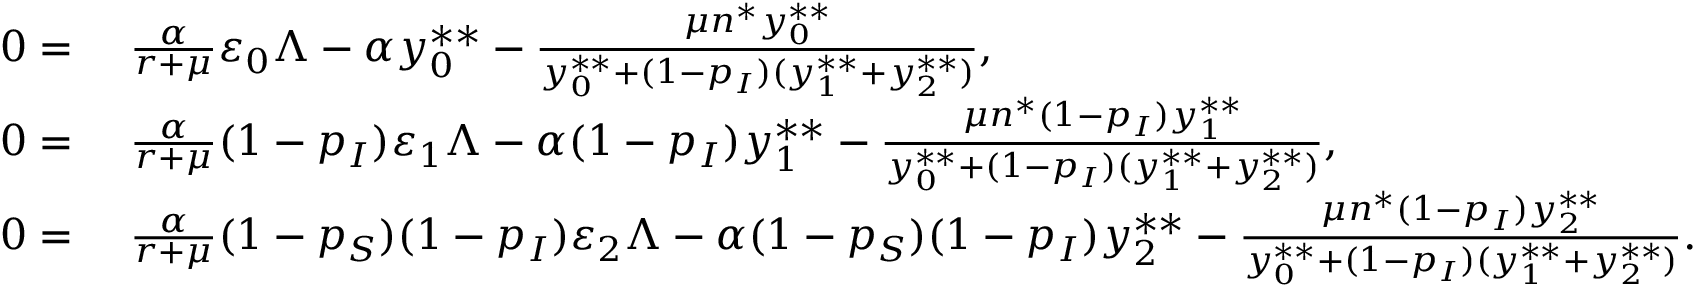
\begin{array} { r l } { 0 = } & { ~ \frac { \alpha } { r + \mu } \varepsilon _ { 0 } \Lambda - \alpha y _ { 0 } ^ { * * } - \frac { \mu n ^ { * } y _ { 0 } ^ { * * } } { y _ { 0 } ^ { * * } + ( 1 - p _ { I } ) ( y _ { 1 } ^ { * * } + y _ { 2 } ^ { * * } ) } , } \\ { 0 = } & { ~ \frac { \alpha } { r + \mu } ( 1 - p _ { I } ) \varepsilon _ { 1 } \Lambda - \alpha ( 1 - p _ { I } ) y _ { 1 } ^ { * * } - \frac { \mu n ^ { * } ( 1 - p _ { I } ) y _ { 1 } ^ { * * } } { y _ { 0 } ^ { * * } + ( 1 - p _ { I } ) ( y _ { 1 } ^ { * * } + y _ { 2 } ^ { * * } ) } , } \\ { 0 = } & { ~ \frac { \alpha } { r + \mu } ( 1 - p _ { S } ) ( 1 - p _ { I } ) \varepsilon _ { 2 } \Lambda - \alpha ( 1 - p _ { S } ) ( 1 - p _ { I } ) y _ { 2 } ^ { * * } - \frac { \mu n ^ { * } ( 1 - p _ { I } ) y _ { 2 } ^ { * * } } { y _ { 0 } ^ { * * } + ( 1 - p _ { I } ) ( y _ { 1 } ^ { * * } + y _ { 2 } ^ { * * } ) } . } \end{array}